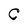
Character: C